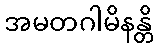
အမတဂါမိနန္တိ